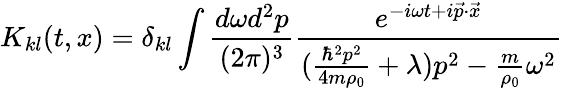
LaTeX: K_{kl}(t,x)=\delta_{kl}\int\frac{d\omega d^{2}p}{(2\pi)^{3}}\frac{e^{-i\omega t+i{\vec{p}}\cdot{\vec{x}}}}{(\frac{\hbar^{2}p^{2}}{4m\rho_{0}}+\lambda)p^{2}-\frac{m}{\rho_{0}}\omega^{2}}